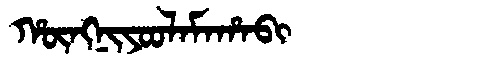
Manchu: ᡥᡡᠩᠨᡳᠶᠣᠣᠯᠠᠮᠠᡥᠠᠪᡳ
Romanization: HŪNGNIYOOLAMAHABI